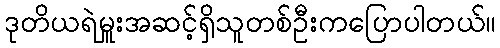
ဒုတိယရဲမှူးအဆင့်ရှိသူတစ်ဦးကပြောပါတယ်။